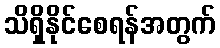
သိရှိနိုင်စေရန်အတွက်